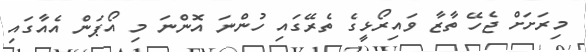
މިރަށަށް ޖެހޭ ތާޒާ ވައިރޯޅީގެ ތެރޭގައި ހުންނަ އޮންނަ މި އޯޕަން އެއާގައި